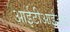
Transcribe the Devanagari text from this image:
आईटीआईआर